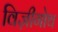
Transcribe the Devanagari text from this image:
विज़ीगोथ